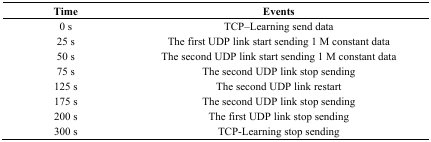
<table><thead><tr><td><b>Time</b></td><td><b>Events</b></td></tr></thead><tbody><tr><td>0 s</td><td>TCP–Learning send data</td></tr><tr><td>25 s</td><td>The first UDP link start sending 1 M constant data</td></tr><tr><td>50 s</td><td>The second UDP link start sending 1 M constant data</td></tr><tr><td>75 s</td><td>The second UDP link stop sending</td></tr><tr><td>125 s</td><td>The second UDP link restart</td></tr><tr><td>175 s</td><td>The second UDP link stop sending</td></tr><tr><td>200 s</td><td>The first UDP link stop sending</td></tr><tr><td>300 s</td><td>TCP-Learning stop sending</td></tr></tbody></table>